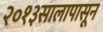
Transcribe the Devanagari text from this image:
२०१३सालापासून